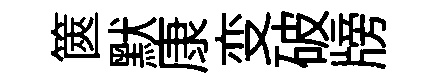
篋默康变破牓